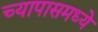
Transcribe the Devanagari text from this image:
च्यापासमध्ये